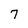
Character: 7